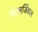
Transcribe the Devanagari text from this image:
मैटलर्जिकल